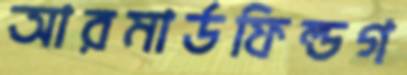
আরমার্ডফিল্ডগ